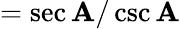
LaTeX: ={\sec\mathbf{A}/\csc\mathbf{A}}